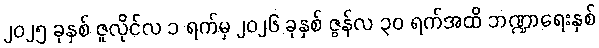
၂၀၂၅ ခုနှစ် ဇူလိုင်လ ၁ ရက်မှ ၂၀၂၆ ခုနှစ် ဇွန်လ ၃၀ ရက်အထိ ဘဏ္ဍာရေးနှစ်